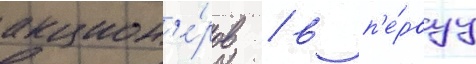
акцион'е́ров / в п'е́рвуу